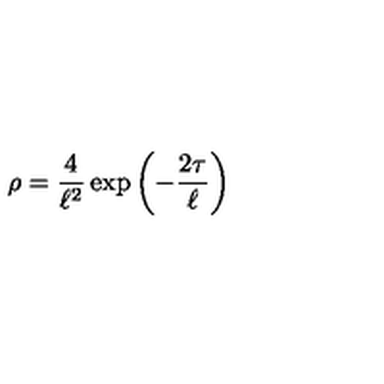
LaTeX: \rho = { \frac { 4 } { \ell ^ { 2 } } } \exp \left( - { \frac { 2 \tau } { \ell } } \right)